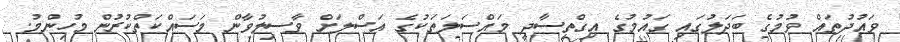
ވައުދުތައް ވުމުގެ ބަދަލުގައި ގައުމުގެ އިގްތިސާދީ މައްސަލަތަކުގެ އަސްލަށް ވާސިލުވާން މަސައްކަތްކުރުން މުހިންމު.